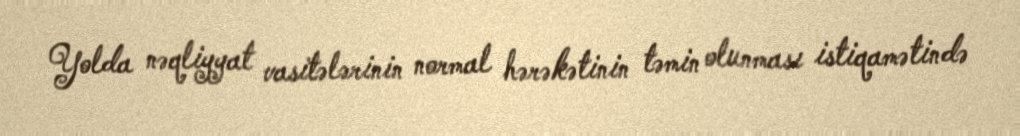
Yolda nəqliyyat vasitələrinin normal hərəkətinin təmin olunması istiqamətində